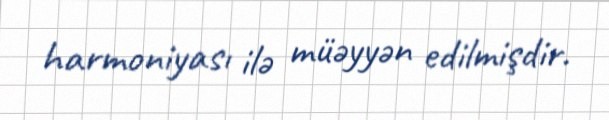
harmoniyası ilə müəyyən edilmişdir.